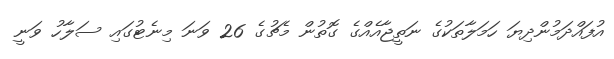
އުފައްދަމުންދިޔަ ހަމަލާތަކުގެ ނަތީޖާއެއްގެ ގޮތުން މެޗުގެ 26 ވަނަ މިނެޓުގައި ސަލާހު ވަނީ